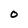
Character: 0